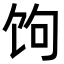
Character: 𬲯